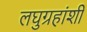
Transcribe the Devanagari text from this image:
लघुग्रहांशी